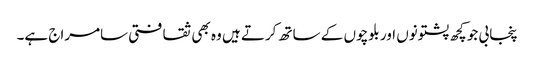
پنجابی جو کچھ پشتونوں اور بلوچوں کے ساتھ کرتے ہیں وہ بھی ثقافتی سامراج ہے۔